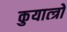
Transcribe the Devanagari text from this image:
कुयात्त्रो